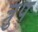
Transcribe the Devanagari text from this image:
त्रुप